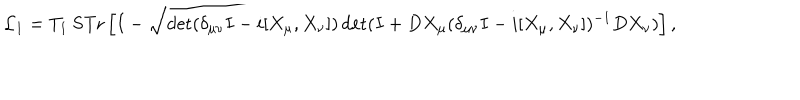
LaTeX: { \cal L } _ { 1 } = T _ { 1 } ~ \mathrm { S T r } \left[ I - \sqrt { \det ( \delta _ { \mu \nu } I - i [ X _ { \mu } , X _ { \nu } ] ) \det ( I + D X _ { \mu } ( \delta _ { \mu \nu } I - i [ X _ { \mu } , X _ { \nu } ] ) ^ { - 1 } D X _ { \nu } ) } \right] ,